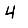
Digit: 4